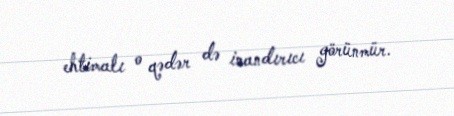
ehtimalı o qədər də inandırıcı görünmür.